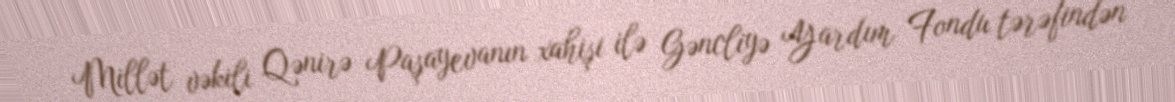
Millət vəkili Qənirə Paşayevanın xahişi ilə Gəncliyə Yardım Fondu tərəfindən